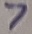
Text: 7